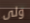
ولى